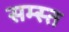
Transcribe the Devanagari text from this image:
सम्स्त